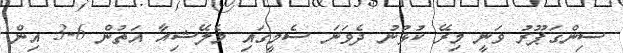
ސިންގަޕޫރު ވަނީ މިރޭ ކުޅުނު ދެވަނަ ސެމީގައި މެލޭޝިއާ އަތުން 6-3 އިން